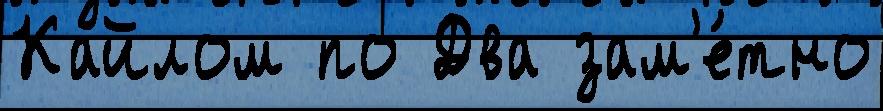
Кайлом по Два зам'е́тно